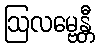
ဩလမ္ဗေန္တီ